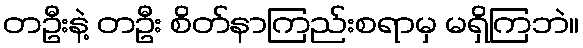
တဦးနဲ့ တဦး စိတ်နာကြည်းစရာမှ မရှိကြဘဲ။